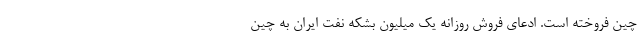
چین فروخته است. ادعای فروش روزانه یک میلیون بشکه نفت ایران به چین